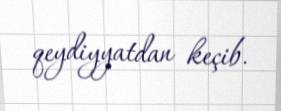
qeydiyyatdan keçib.